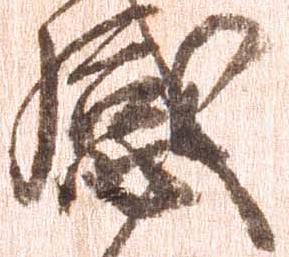
感